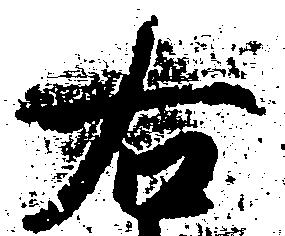
右